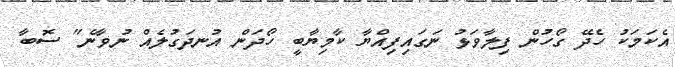
އެކަމަކު ހެދޭ ގޯހުން ފިލާވަޅު ނަގައިފިއްޔާ ކާމިޔާބީ ހޯދަން އުނދަގުލެއް ނުވާނެ" ސޮބާ